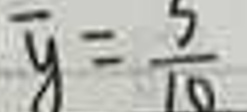
\(\overline{y}=\frac{5}{10}\)